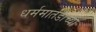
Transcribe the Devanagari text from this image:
धर्ममार्तंडांच्या